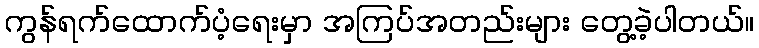
ကွန်ရက်ထောက်ပံ့ရေးမှာ အကြပ်အတည်းများ တွေ့ခဲ့ပါတယ်။